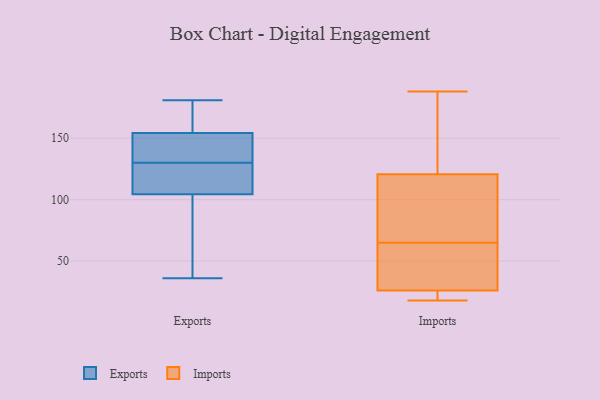
{"axis": {"x": "Website Visitors", "y": "Value"}, "legend": ["Exports", "Imports"], "data": [{"x": "", "y": 97, "type": "Exports"}, {"x": "", "y": 163, "type": "Exports"}, {"x": "", "y": 172, "type": "Exports"}, {"x": "", "y": 152, "type": "Exports"}, {"x": "", "y": 123, "type": "Exports"}, {"x": "", "y": 181, "type": "Exports"}, {"x": "", "y": 112, "type": "Exports"}, {"x": "", "y": 115, "type": "Exports"}, {"x": "", "y": 36, "type": "Exports"}, {"x": "", "y": 36, "type": "Exports"}, {"x": "", "y": 148, "type": "Exports"}, {"x": "", "y": 143, "type": "Exports"}, {"x": "", "y": 102, "type": "Exports"}, {"x": "", "y": 155, "type": "Exports"}, {"x": "", "y": 130, "type": "Exports"}, {"x": "", "y": 81, "type": "Imports"}, {"x": "", "y": 23, "type": "Imports"}, {"x": "", "y": 188, "type": "Imports"}, {"x": "", "y": 187, "type": "Imports"}, {"x": "", "y": 102, "type": "Imports"}, {"x": "", "y": 19, "type": "Imports"}, {"x": "", "y": 43, "type": "Imports"}, {"x": "", "y": 27, "type": "Imports"}, {"x": "", "y": 66, "type": "Imports"}, {"x": "", "y": 18, "type": "Imports"}, {"x": "", "y": 177, "type": "Imports"}, {"x": "", "y": 65, "type": "Imports"}, {"x": "", "y": 38, "type": "Imports"}]}